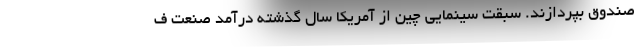
صندوق بپردازند. سبقت سینمایی چین از آمریکا سال گذشته درآمد صنعت ف